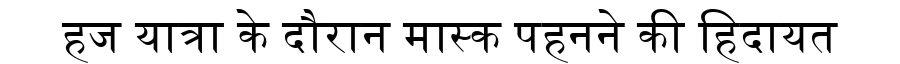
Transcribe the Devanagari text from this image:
हज यात्रा के दौरान मास्क पहनने की हिदायत